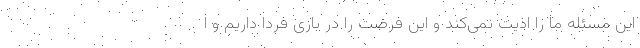
این مسئله ما را اذیت نمی‌کند و این فرصت را در بازی فردا داریم و ا